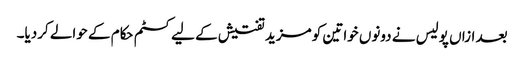
بعد ازاں پولیس نے دونوں خواتین کو مزید تفتیش کے لیے کسٹم حکام کے حوالے کردیا۔